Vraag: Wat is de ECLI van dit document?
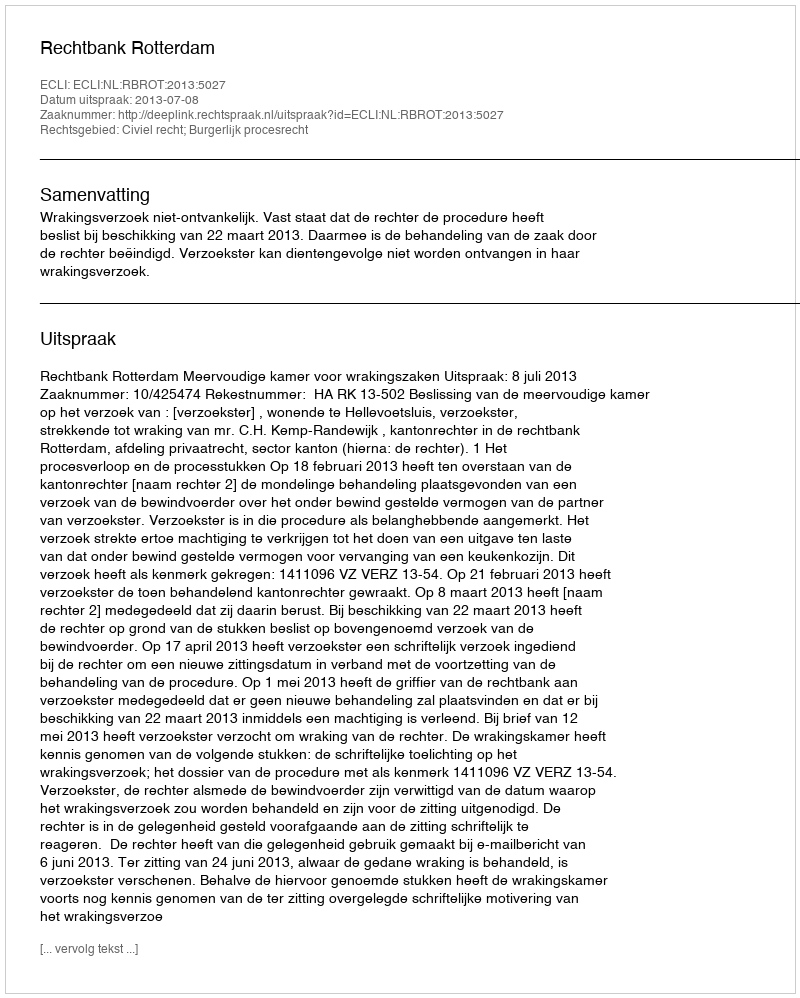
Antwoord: ECLI:NL:RBROT:2013:5027